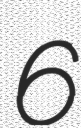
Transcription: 6